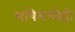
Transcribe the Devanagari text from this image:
भाषेमध्येही